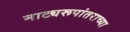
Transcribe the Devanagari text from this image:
नाट्यरूपांतराच्या